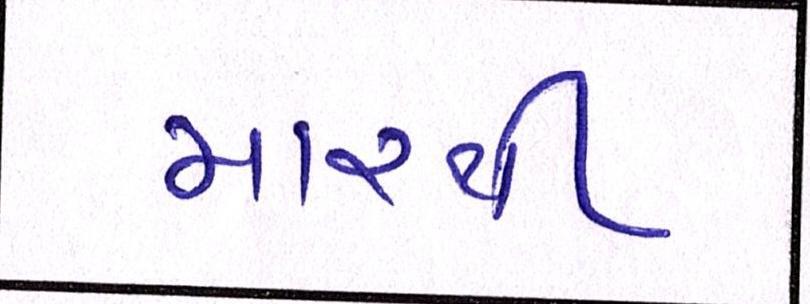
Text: મારથી